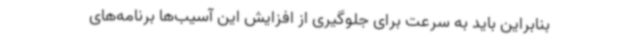
بنابراین باید به سرعت برای جلوگیری از افزایش این آسیب‌ها برنامه‌های